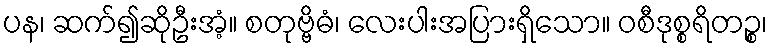
ပန၊ ဆက်၍ဆိုဦးအံ့။ စတုဗ္ဗိဓံ၊ လေးပါးအပြားရှိသော။ ဝစီဒုစ္စရိတဉ္စ၊